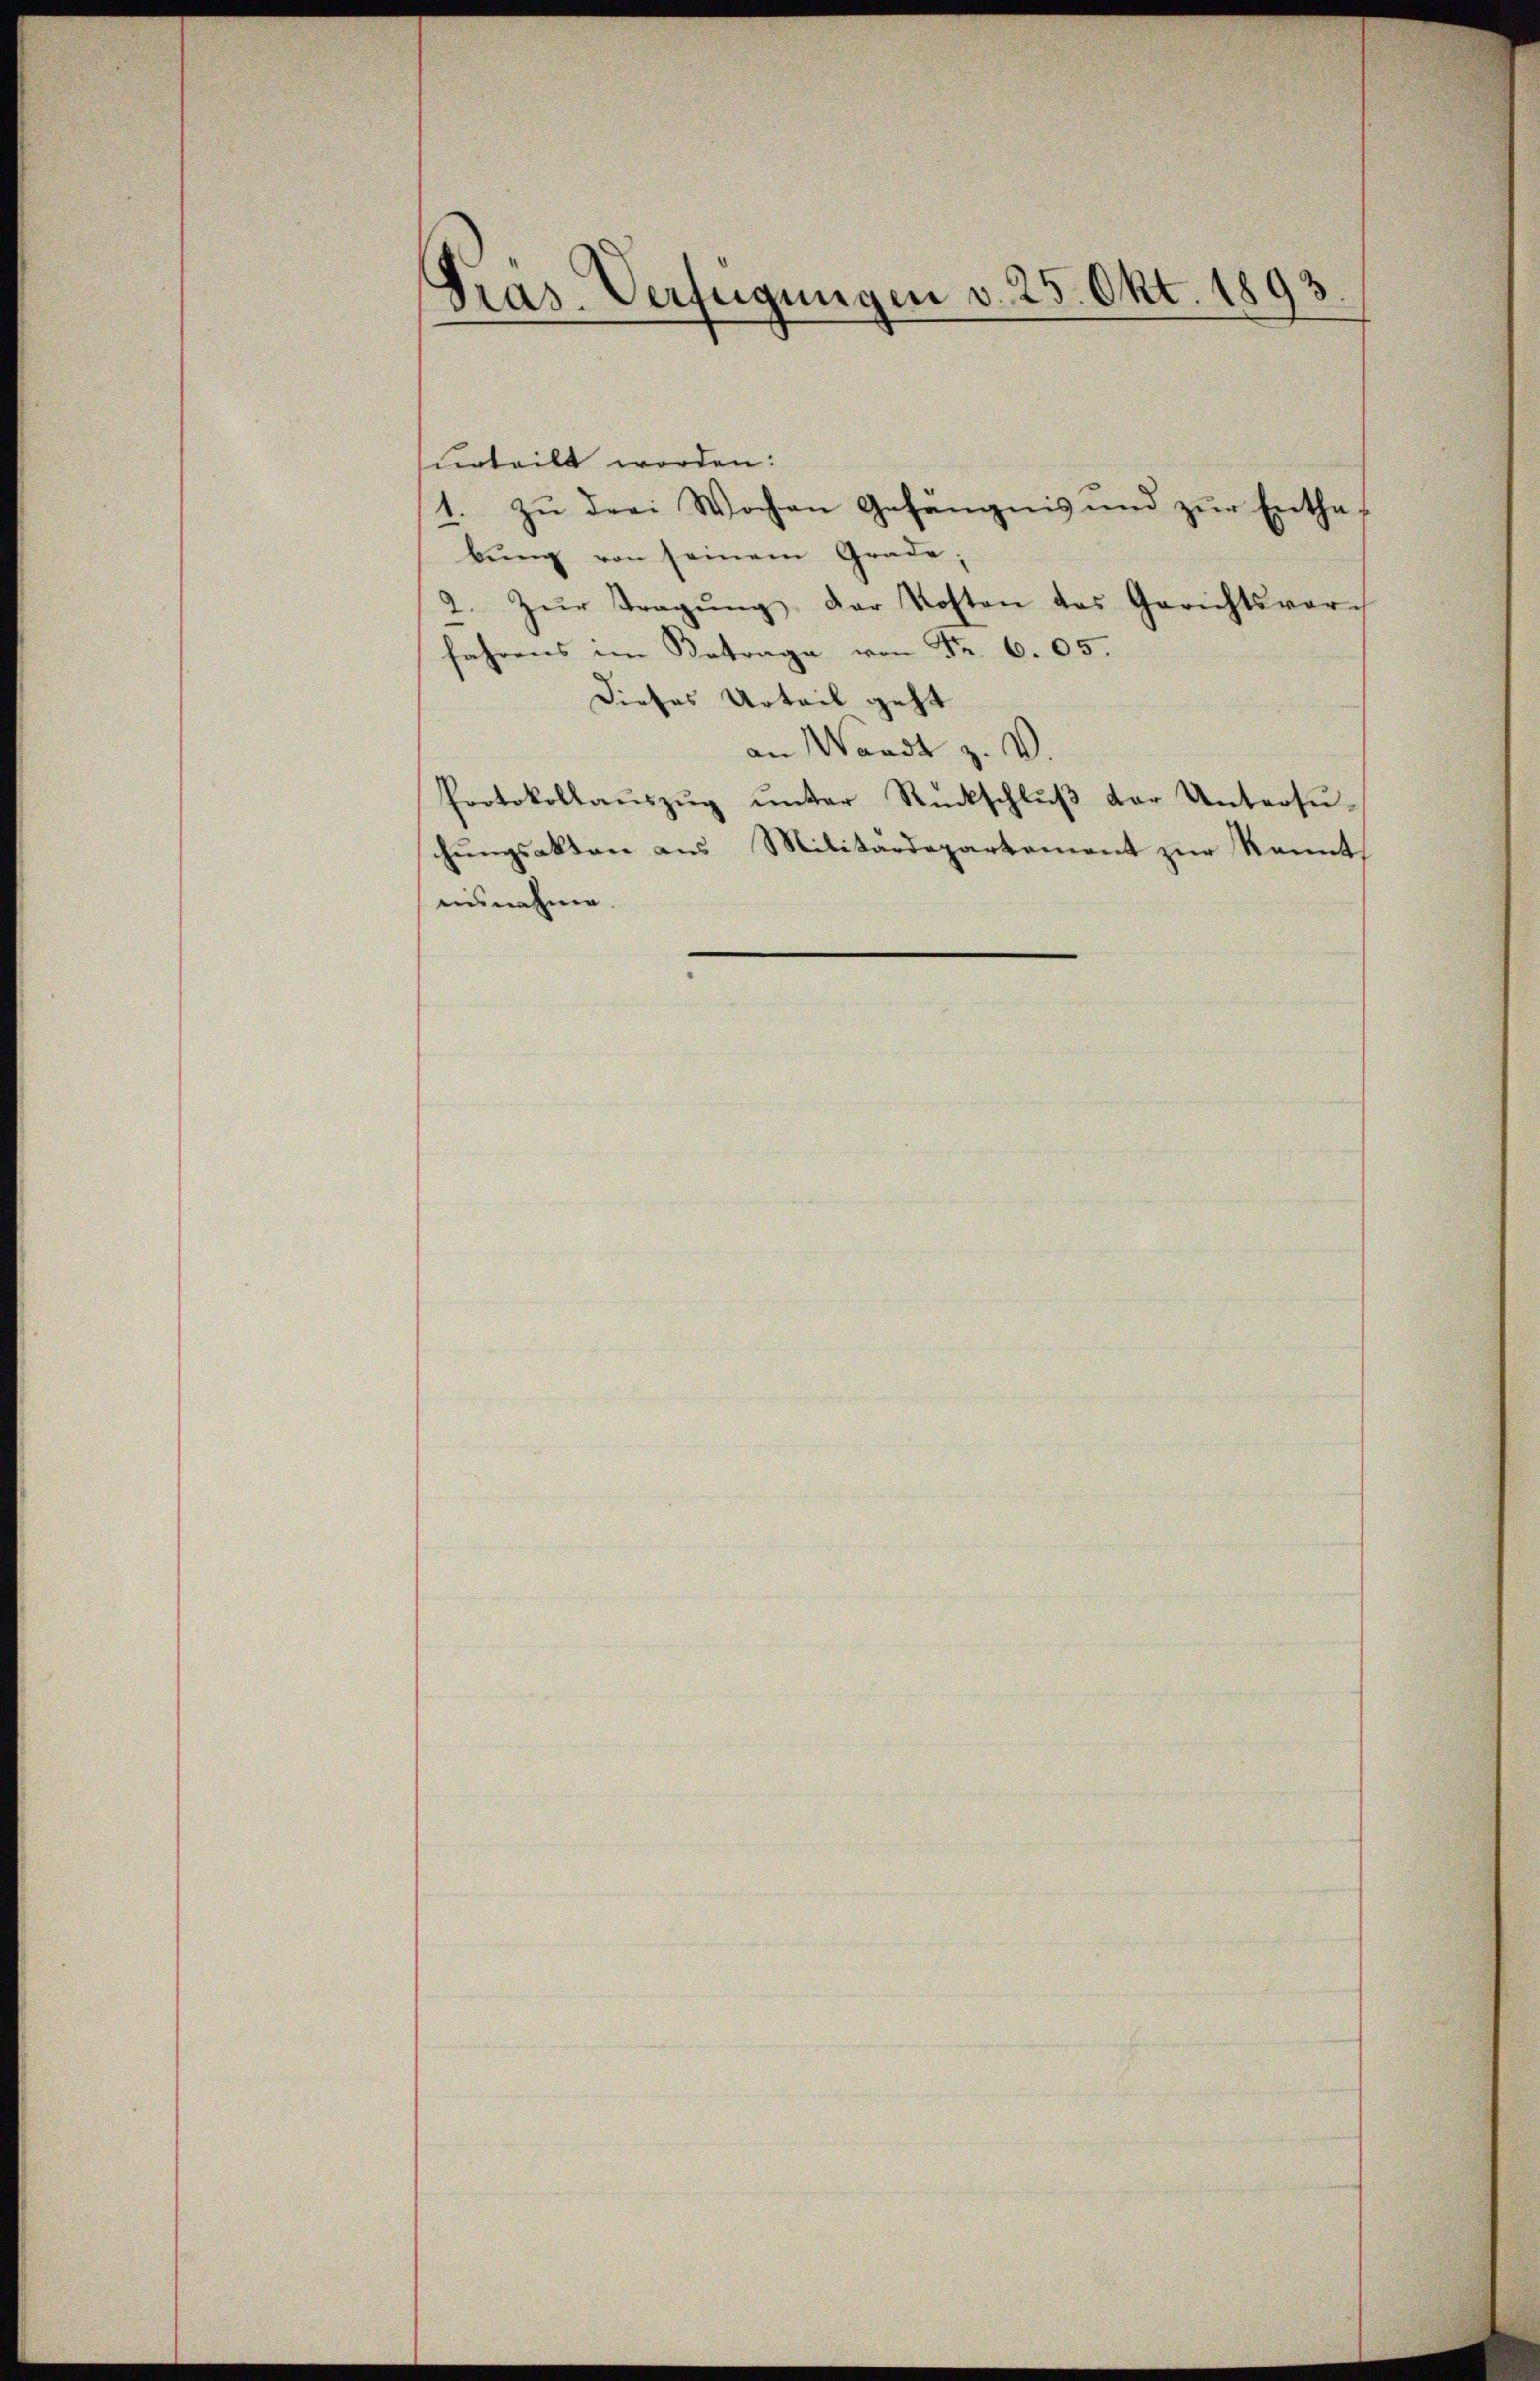
Pras. Verfügungen v. 25. Okt. 1893

surteilt worden:
1. zu drei Wochen Gefängnis und zur Enthabŭng von seinem Grade,
2. Zŭr Tragŭng der Kosten des Gerichtsvor-
fahrens im Betrage von Fr. 605.
Dieses Urteil geht
an Waadt z. V.
Protokollaŭszŭg ŭnter Rückschlŭβ der Untersŭ-
chungsakten aus Militärdepartement zur Kennt,
ausnahme.